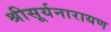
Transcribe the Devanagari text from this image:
श्रीसूर्यनारायण